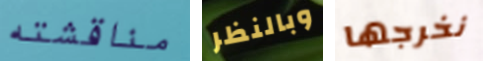
مناقشته وبالنظر نخرجها